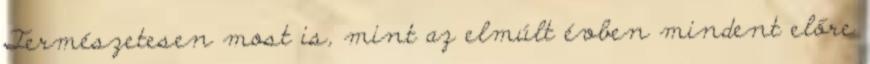
Természetesen most is, mint az elmúlt évben mindent előre